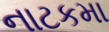
નાટકમા